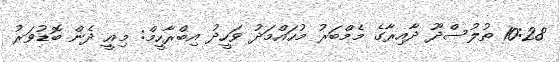
10:28 ތުލުސްދޫ ދާއިރާގެ މެމްބަރު މުހައްމަދު ވަހީދު އިބްރާހީމް: މިއީ ދެން ބޮޑުވަރު